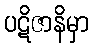
ပဋိဇာနိမှာ